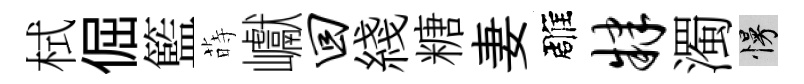
栻倔籃蒔巘回綫糖妻雕肄濁慢